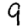
Digit: 9